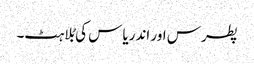
پطرس اور اندریاس کی بُلاہٹ۔